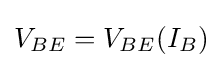
V_{BE}=V_{BE}(I_{B})